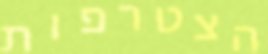
הצטרפות